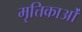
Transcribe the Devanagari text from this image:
मृत्तिकाओं